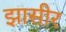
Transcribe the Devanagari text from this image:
झासीर